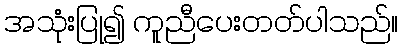
အသုံးပြု၍ ကူညီပေးတတ်ပါသည်။